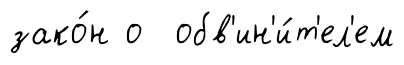
зако́н о обв'ин'и́т'ел'ем